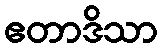
ဧတာဒိသာ